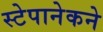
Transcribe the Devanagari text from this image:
स्टेपानेकने